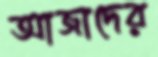
আজাদের